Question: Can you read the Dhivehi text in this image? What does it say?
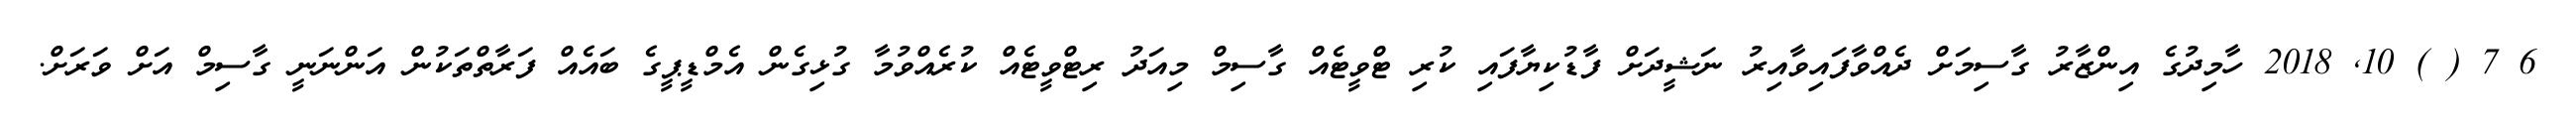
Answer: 6 7 ( ) 10, 2018 ހާމިދުގެ އިންޒާރު ގާސިމަށް ދެއްވާފައިވާއިރު ނަޝީދަށް ފާޑުކިޔާފައި ކުރި ޓްވީޓެއް ގާސިމް މިއަދު ރިޓްވީޓެއް ކުރެއްވުމާ ގުޅިގެން އެމްޑީޕީގެ ބައެއް ފަރާތްތަކުން އަންނަނީ ގާސިމް އަށް ވަރަށް.